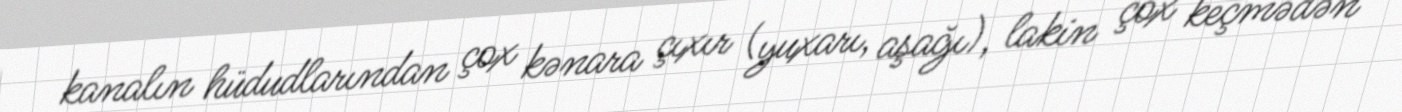
kanalın hüdudlarından çox kənara çıxır (yuxarı, aşağı), lakin çox keçmədən